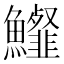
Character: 𩽍